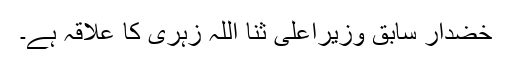
خضدار سابق وزیراعلیٰ ثنا اللہ زہری کا علاقہ ہے۔